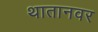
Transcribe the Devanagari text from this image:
थातानवर